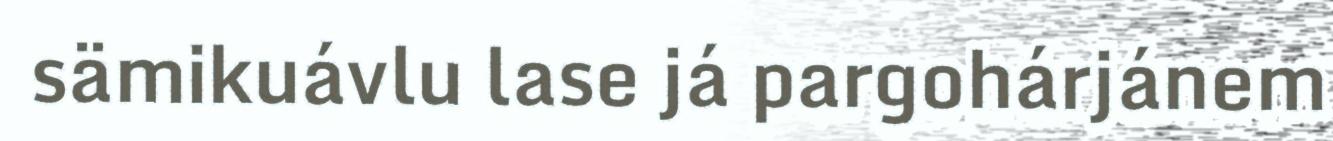
sämikuávlu lase já pargohárjánem